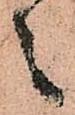
之